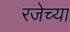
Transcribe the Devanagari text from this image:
रजेच्या